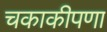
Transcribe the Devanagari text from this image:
चकाकीपणा